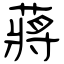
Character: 蔣